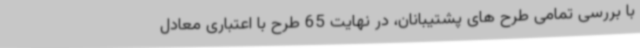
با بررسی تمامی طرح های پشتیبانان، در نهایت 65 طرح با اعتباری معادل